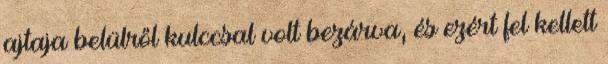
ajtaja belülről kulccsal volt bezárva, és ezért fel kellett